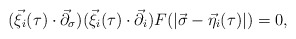
\begin{align*}(\vec{\xi}_{i}(\tau )\cdot {\vec{\partial}}_{\sigma })(\vec{\xi}_{i}(\tau)\cdot {\vec{\partial}}_{i})F(|\vec{\sigma}-\vec{\eta}_{i}(\tau )|)=0,\end{align*}